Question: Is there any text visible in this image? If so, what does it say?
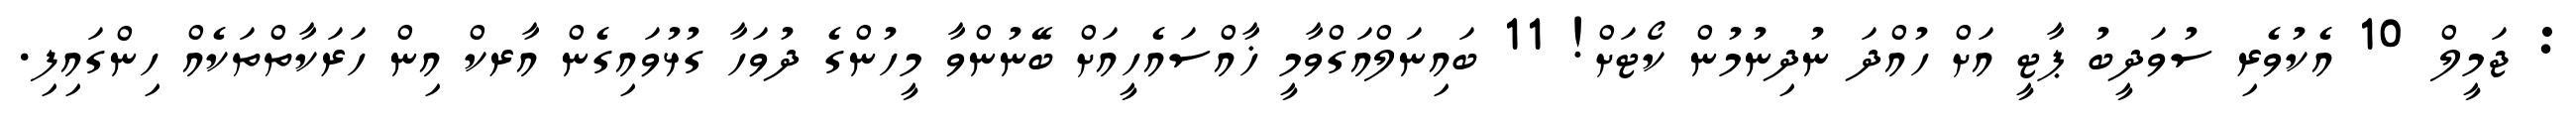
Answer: : ޖަމީލް 10 އެކުވެރި ސުވަދީބު ޕާޓީ އަށް ހުއްދަ ނުދިނުމުން ކޯޓަށް! 11 ބައިނަލްއަގްވާމީ ޚާއްސައެހީއަށް ބޭނުންވާ މީހުންގެ ދުވަހާ ގުޅުވައިގެން އާރކް އިން ހަރަކާތްތަކެއް ހިންގައިފި.